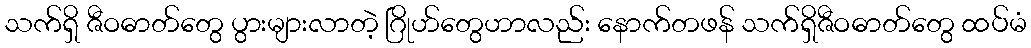
သက်ရှိ ဇီဝဓာတ်တွေ ပွားများလာတဲ့ ဂြိုဟ်တွေဟာလည်း နောက်တဖန် သက်ရှိဇီဝဓာတ်တွေ ထပ်မံ